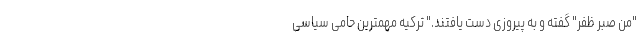
"من صبر ظفر" گفته و به پیروزی دست یافتند." ترکیه مهمترین حامی سیاسی